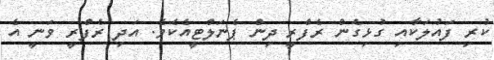
ކުރި ފައުލަކާއި ގުޅިގެން ރެފްރީ ދިން ޕެނަލްޓީއެކެވެ. އަދި ރެފްރީ ވަނީ އެ